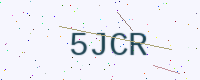
Text: 5JCR